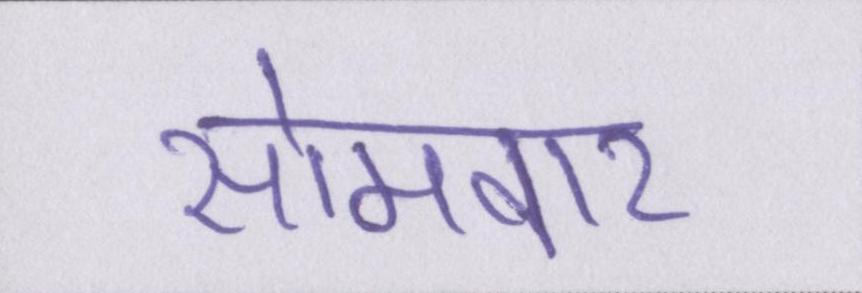
सोमवार